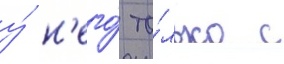
у́ н'его́ то́лько с